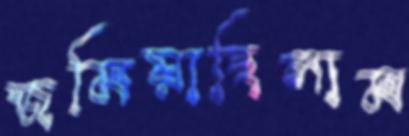
জমিয়াছিলাম